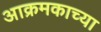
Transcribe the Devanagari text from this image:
आक्रमकाच्या